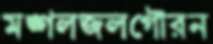
মঙ্গলজলগৌরন